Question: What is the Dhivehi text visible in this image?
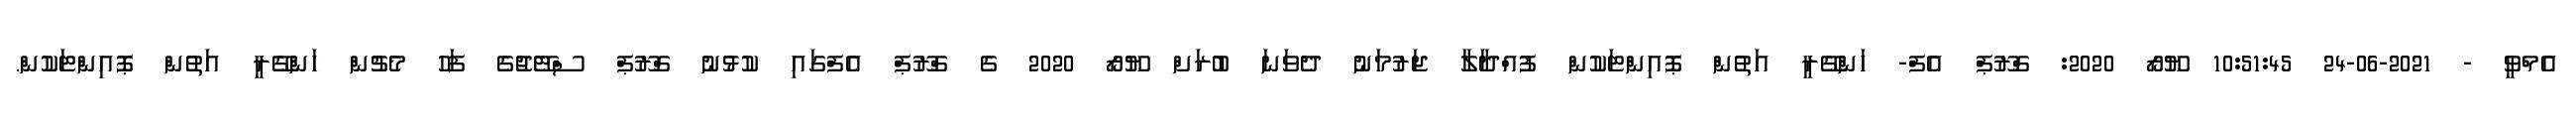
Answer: އެމްވީ - 2021-06-24 10:51:45 ޔޫރޯ 2020: ގްރޫޕް އެފް- ހަންގޭރީ އަތުން ޕޮއިންޓަކުން ފުއްދާލާ ޖަރުމަނު ދެވަނަ ބުރަށް ޔޫރޯ 2020 ގެ ގްރޫޕް އެފްގައި ކުޅުނު ގްރޫޕް ސްޓޭޖުގެ ފަހު މެޗުން ހަންގޭރީ އަތުން ޕޮއިންޓަކުން.